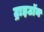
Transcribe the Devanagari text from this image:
ट्राइटॉन